Civil Veterinary Department. United Provinces 1912-22 - 1912-1922
Year: 1912
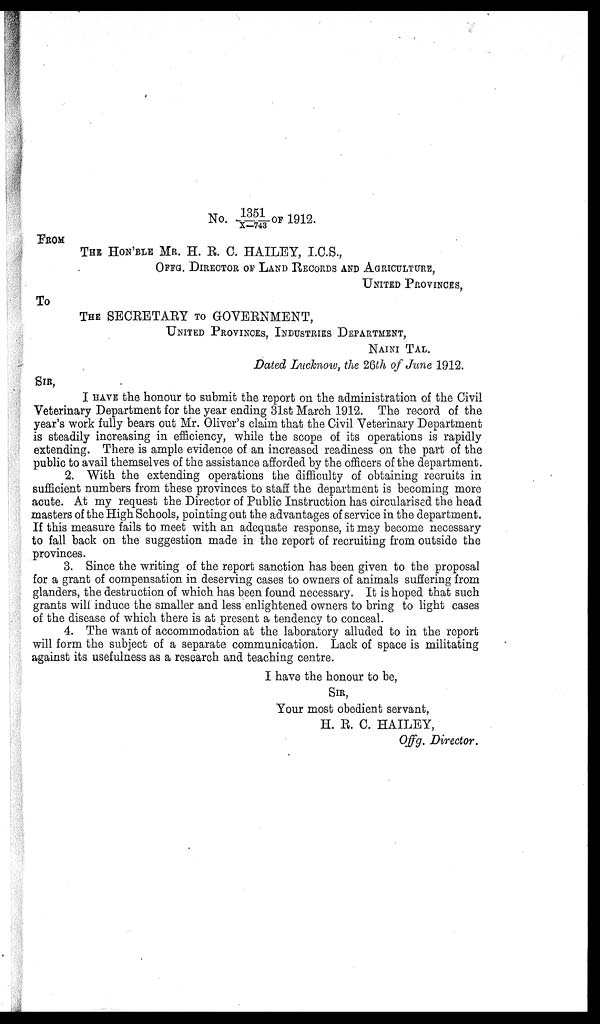
No.1351/x-743 OF 1912.
FROM
THE HON'BLE MR. H. R. C. HAILEY, I.C.S.,
OFFG. DIRECTOR OF LAND RECORDS AND AGRICULTURE,
UNITED PROVINCES,
To
THE SECRETARY TO GOVERNMENT,
UNITED PROVINCES, INDUSTRIES DEPARTMET,
NAINI TAL.
Dated Lucknow, the 26th of June 1912.
SIR,
I HAVE the honour to submit the report on the administration of the Civil
Veterinary Department for the year ending 31st March 1912. The record of the
year's work fully bears out Mr. Oliver's claim that the Civil Veterinary Department
is steadily increasing in efficiency, while the scope of its operations is rapidly
extending. There is ample evidence of an increased readiness on the part of the
public to avail themselves of the assistance afforded by the officers of the department.
2. With the extending operations the difficulty of obtaining recruits in
sufficient numbers from these provinces to staff the department is becoming more
acute. At my request the Director of Public Instruction has circularised the head
masters of the High Schools, pointing out the advantages of service in the department.
If this measure fails to meet with an adequate response, it may become necessary
to fall back on the suggestion made in the report of recruiting from outside the
provinces.
3. Since the writing of the report sanction has been given to the proposal
for a grant of compensation in deserving cases to owners of animals suffering from
glanders, the destruction of which has been found necessary. It is hoped that such
grants will induce the smaller and less enlightened owners to bring to light cases
of the disease of which there is at present a tendency to conceal.
4. The want of accommodation at the laboratory alluded to in the report
will form the subject of a separate communication. Lack of space is militating
against its usefulness as a research and teaching centre.
I have the honour to be,
SIR,
Your most obedient servant,
H. R. C. HAILEY,
Offg. Director.